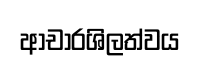
ආචාරශිලත්වය